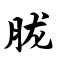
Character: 胧